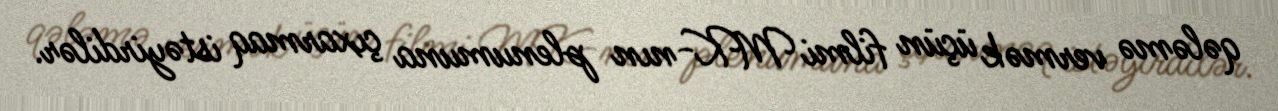
qələmə vermək üçün filmi MK-nın plenumuna çıxarmaq istəyirdilər.